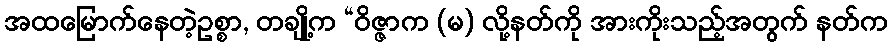
အထမြောက်နေတဲ့ဥစ္စာ, တချို့က “ဝိဇ္ဇာက (မ) လို့နတ်ကို အားကိုးသည့်အတွက် နတ်က